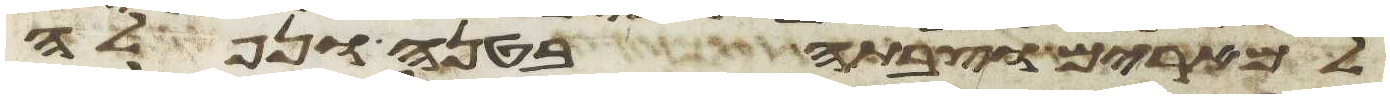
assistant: למרים וצבתה בטנה ונפלה